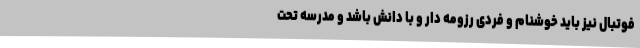
فوتبال نیز باید خوشنام و فردی رزومه دار و با دانش باشد و مدرسه تحت